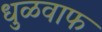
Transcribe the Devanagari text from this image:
धुळवाफ